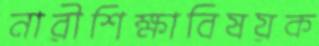
নারীশিক্ষাবিষয়ক